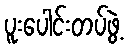
ပူးပေါင်းတပ်ဖွဲ့